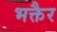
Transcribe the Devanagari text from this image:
भक्तैर